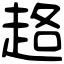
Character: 䞦